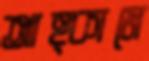
আহ্কামে